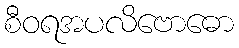
စီဝရအပလိဗောဓော